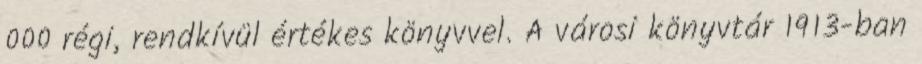
000 régi, rendkívül értékes könyvvel. A városi könyvtár 1913-ban